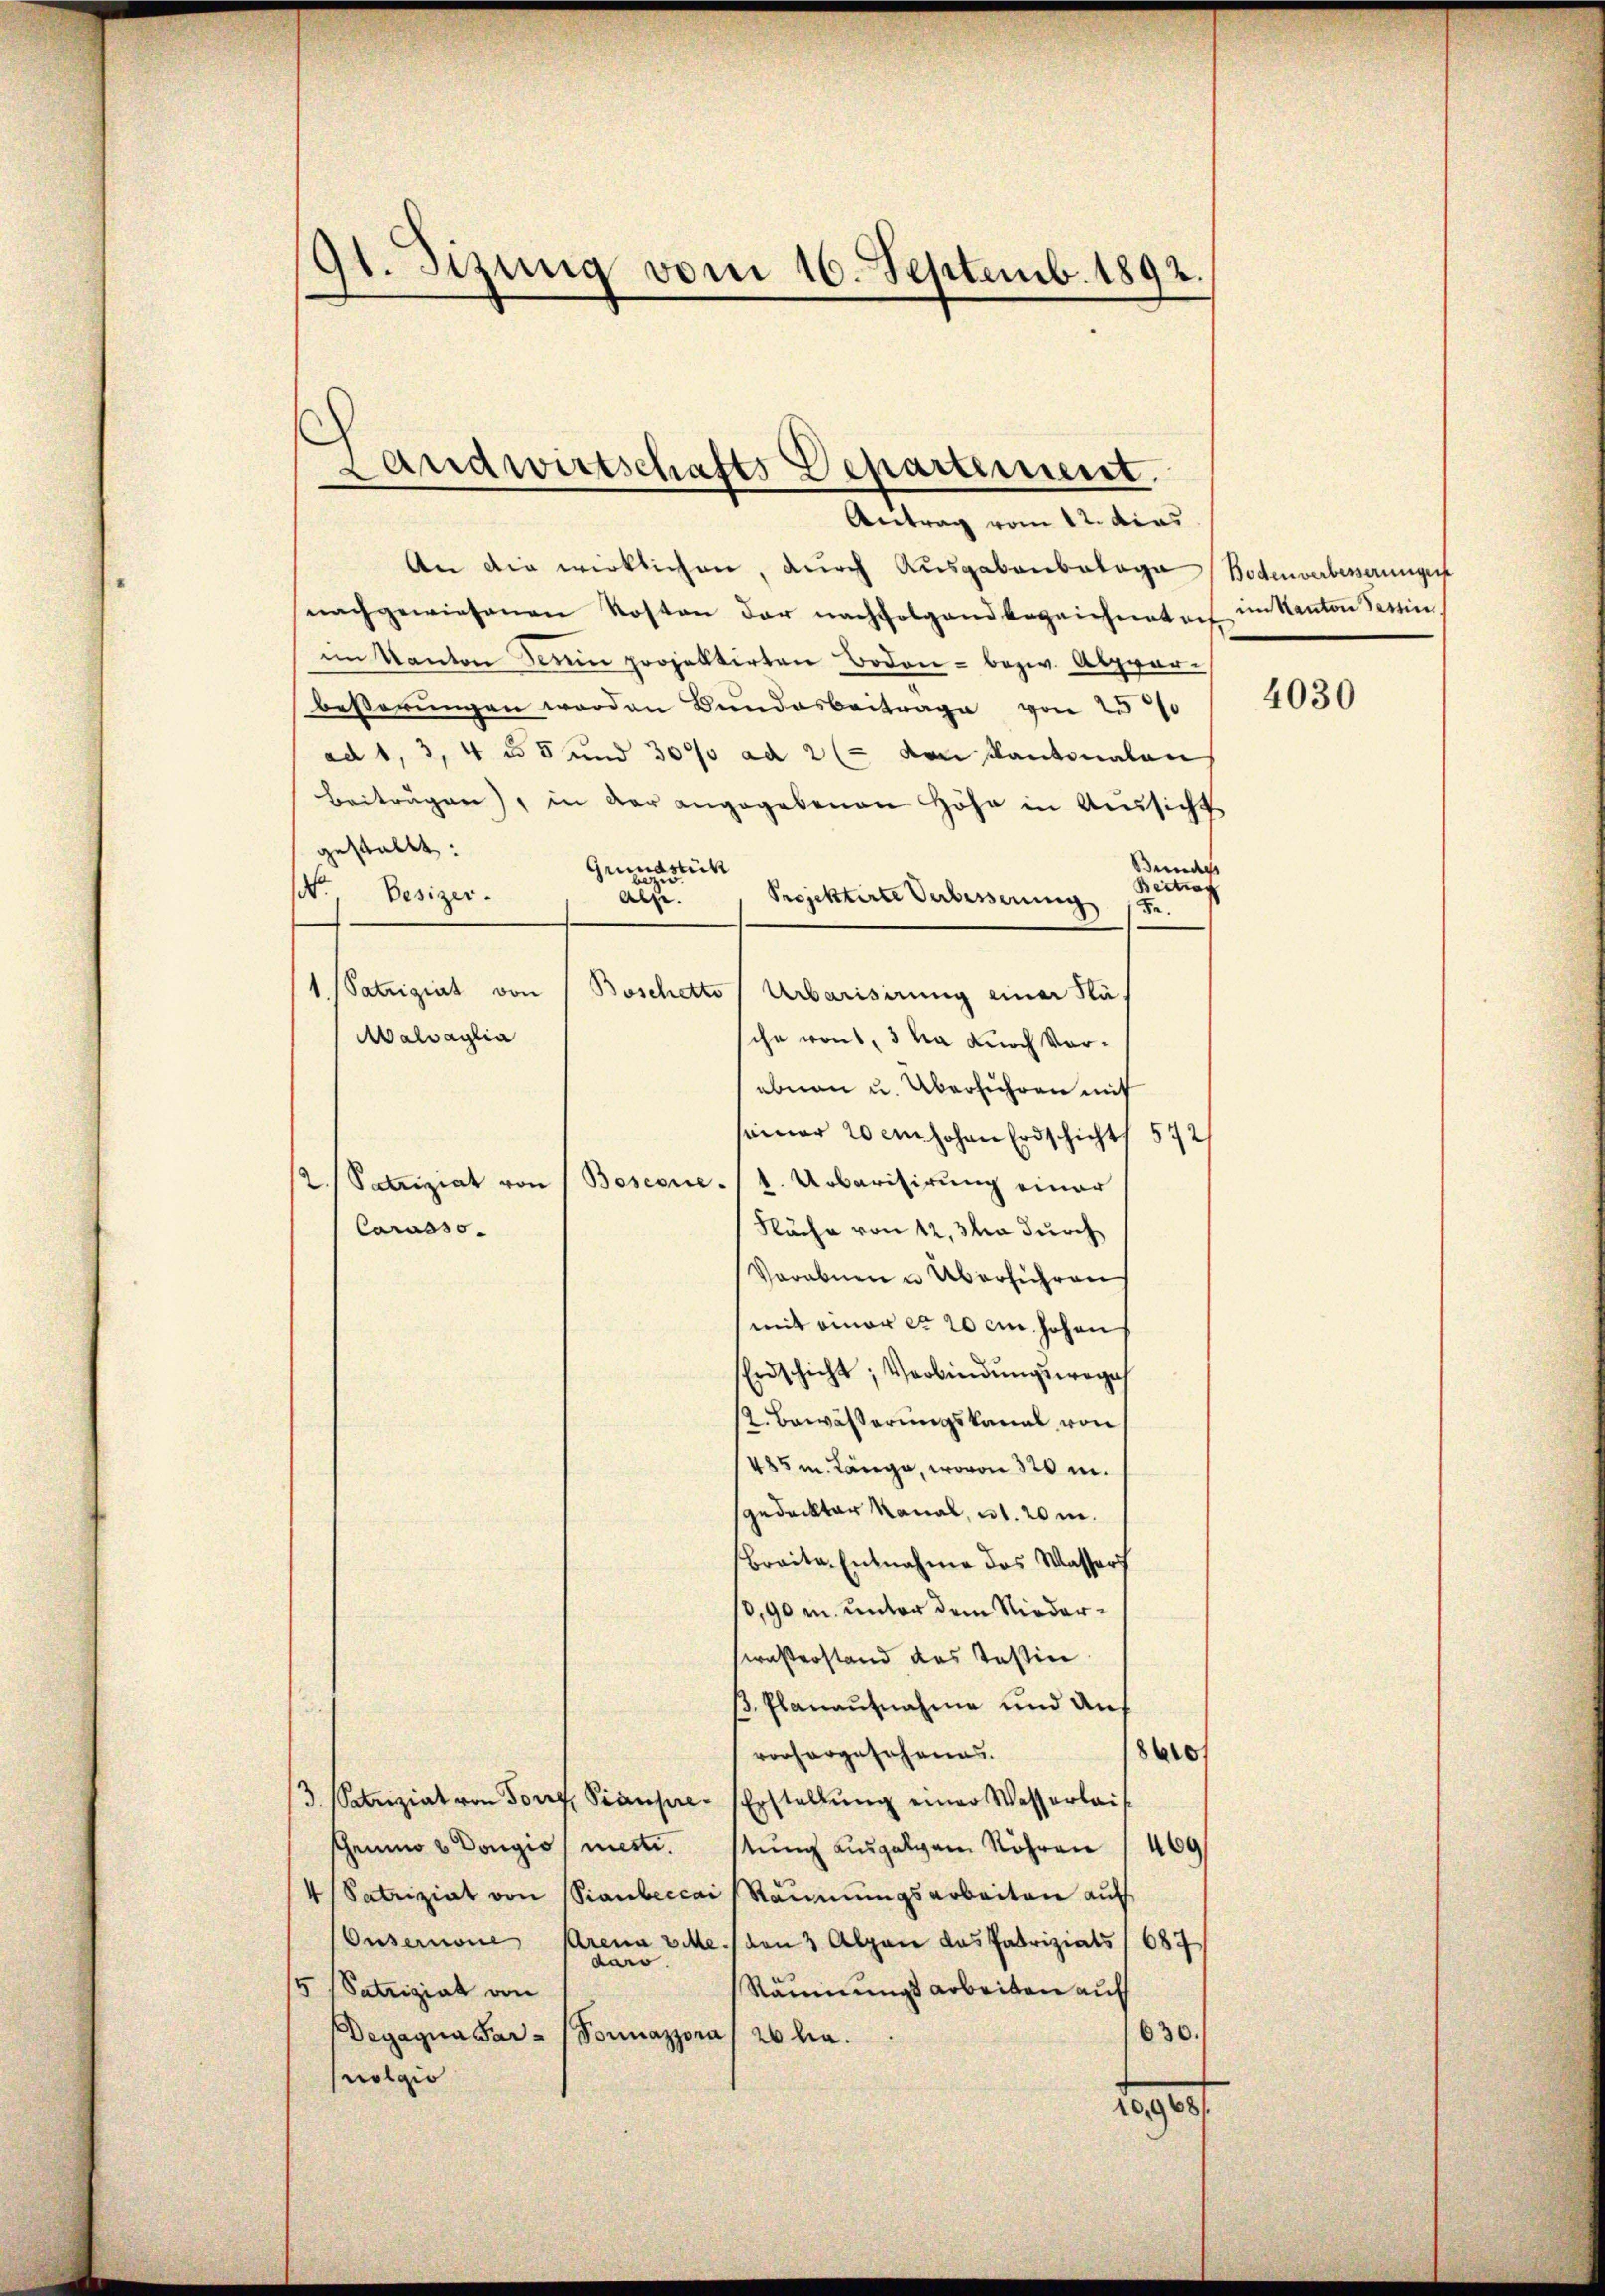
9t. Sitzung vom 16. Septemb. 1892.

Landwirtschafts Departement.

Antrag vom 12. das
An die wirklichen, durch Ausgabenbatoga (Bodenverbesserungen
nachgewiesenen Kosten der nachfolgend bezeichenten im Kanton Serie.
im Kanton dem projektirten Boden - bezw. Abzvor-
beßerungen worden Bundesbeitrage von 25%
ad 1, 3, 4 § 5 und 30% ad 2 (= von Kantonalen
Beiträgen), in der angegebenen Höhe in Aussicht
gestallt:
Bundes
Grundstück
Beitrag
.
Besizer.
Projektirte Verbesserung
aus
Fe.
1 Patriziat von Boschotto (Urbarisirung einer Klä¬
Aalvaglia
sche vons, 3 Na durch Vorebnen u. Überführen mit
seiner 20 ein hohen Erdschichts 572
Boscone.
1. Urbarisirung einer
2. Patriziat von
Fläche von 12,3va durch
Carasso.
Vorabenen Überführen
mit einer er 20 cm hohen
Erdschicht, Verbindŭngswege
2. Bewässerungskanat von
485m Länge, wovon 320 m.
gedeckter Kanal, u. 20 m.
Braite Entnahme das Wassers
10,90 m. unter dem Niederstrasterstand das Teßin
ß. Planaufnahme und Auf
8640/
vorhergesehenes.
3 Schenziat von Torf Piaupre. Erstellŭng einer Wasserlauf
scheiner  Dongio, metti. stung ausgegen Röhren 1469
4/Satriziat von Staubeccai Räumungsarbeiten auf
Ousernoue
Arena vie
(von 3 Alpen das Patriziats (687
daro
5 Patriziat von
Räumungsarbeiten auf
630.
Degagua Par - Vornazzona 26 ha.
Molgio
deges

4030